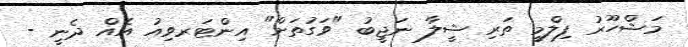
މަޝްހޫރު ފިލްމީ ތަރި ޝީލާ ނަޖީބު "ވަގުތަށް" އިންޓަރވިއު އެއް ދެނީ -